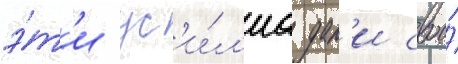
э́т'и ус'и́л'иа дал'и свои́